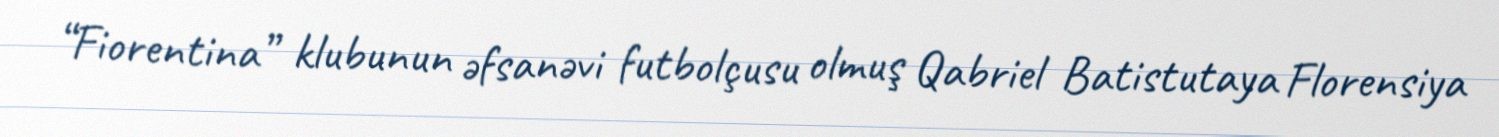
“Fiorentina” klubunun əfsanəvi futbolçusu olmuş Qabriel Batistutaya Florensiya